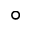
^ { \circ }